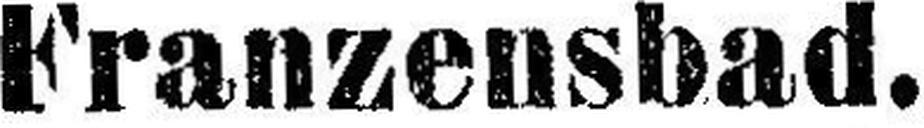
Franzensbad.